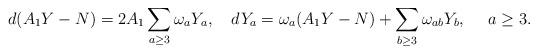
LaTeX: \begin{align*}d(A_1Y-N)=2A_1\sum_{a\geq3}\omega_aY_a, ~~~dY_a=\omega_a(A_1Y-N)+\sum_{b\geq3}\omega_{ab}Y_b,~~~~a\geq3.\end{align*}